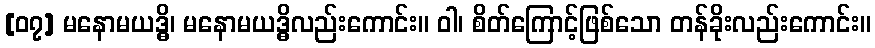
[၀၇] မနောမယဒ္ဓိ၊ မနောမယဒ္ဓိလည်းကောင်း။ ဝါ၊ စိတ်ကြောင့်ဖြစ်သော တန်ခိုးလည်းကောင်း။